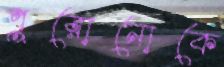
পুরোনোকে